system: You are a helpful assistant.
user:
Analyze the provided spectrum to determine if it is a **Carbon Star (C-type)**.

- **Key Visual Indicators of Carbon Star:**
    - **(Primary):** Strong molecular absorption from **C₂ (diatomic carbon) "Swan Bands."** This is the **defining feature** of a carbon star.
        - **(Key Bandheads):** Sharp absorption edges are visible at approximately $5635$ Å, $5165$ Å (the strongest band), and $4737$ Å.
        - **(Line Profile):** Creates a distinct **"saw-tooth"** pattern. The key morphology is a sharp, steep bandhead on the **red (long-wavelength) side**, which then gradually tapers off (i.e., flux recovers) towards the **blue (short-wavelength) side**. *(This is the direct opposite of the TiO bands seen in M-type stars)*.

    - **(Secondary):** Intense **CN (cyanogen)** molecular absorption bands.
        - **(Key Bandheads):** Located in the blue and violet regions of the spectrum (e.g., near $4215$ Å and $3883$ Å).
        - **(Morphology):** These bands are extremely broad and act as a "blanket," absorbing the vast majority of blue and violet light. This creates a characteristic **"cliff"** or **"steep drop-off"** in the spectrum's flux at short wavelengths.

    - **(Key Confirmation):** Strong **CH absorption band (G-band)**.
        - **(Key Bandhead):** Located around $4300$ Å. The contribution from CH molecules to this band is exceptionally strong.

    - **(Overall Spectrum):**
        - The continuum is severely "chopped up" by these deep molecular bands, especially C₂, rather than appearing as a smooth curve.
        - Due to the heavy CN and C₂ absorption in the blue-green, the vast majority of the star's flux is concentrated in the red part of the spectrum, giving the star its characteristic deep red color.

Think first, call **spectral_visualization_tool** if needed to examine features in detail, then provide your final answer. Your response must adhere to the following strict rules:
1.  **Overall Structure:** Your response must follow the format `<think>...</think> <tool_call>...</tool_call> (if a tool is used) <answer>...</answer>`.
2.  **Tool Usage Constraint:** You may only make **one** tool call per turn.
3.  **Final Answer Format:** In the `<answer>` tag, your conclusion must be inside a `\boxed{}` command (e.g., `\boxed{YES}`), followed by your justification.

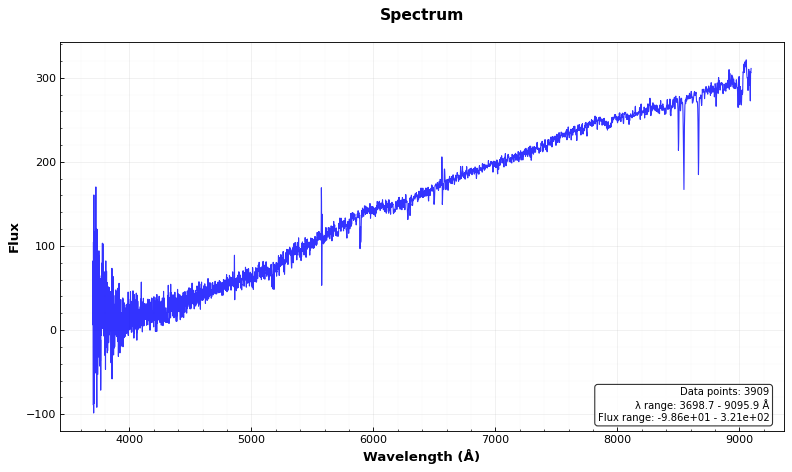
Answer: NO